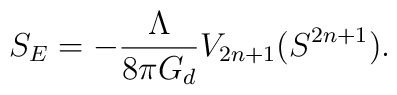
S_{E} = - \frac{\Lambda}{8\pi G_{d}} V_{2n+1}(S^{2n+1}).